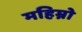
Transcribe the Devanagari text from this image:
महिम्नो